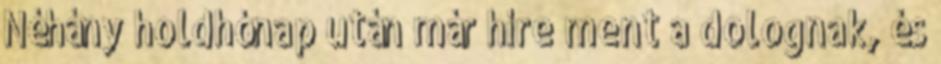
Néhány holdhónap után már híre ment a dolognak, és